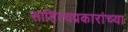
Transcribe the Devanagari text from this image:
साहित्यप्रकारांच्या